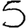
Digit: 5